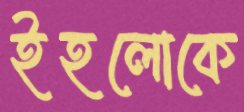
ইহলোকে